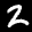
Label: 2